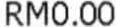
RM0.00